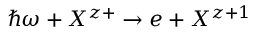
\hbar \omega + X ^ { z + } \rightarrow e + X ^ { z + 1 }